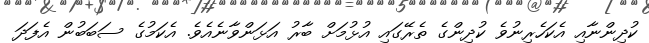
ކުދިންނާއި އެކަހެރިނުވެ ކުދިންގެ ތެރޭގައި އުޅުމަށް ބާރު އަޅަންވާނެއެވެ. އެކަމުގެ ސަބަބުން އެފަދަ